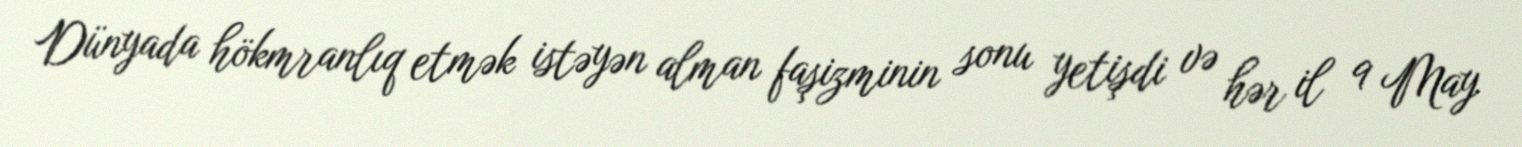
Dünyada hökmranlıq etmək istəyən alman faşizminin sonu yetişdi və hər il 9 May